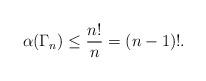
LaTeX: \begin{align*} \alpha(\Gamma_n) \leq \frac{n!}{n} = (n-1)!. \end{align*}